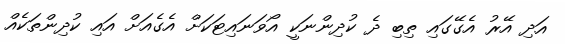
އަދި އޭރު އެގޭގައި ތިބި ދެ ކުދިންނަކީ އޯވަނައިޓަކަށް އެގެއަށް އައި ކުދިންތަކެއް